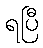
ရပြီ